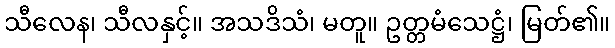
သီလေန၊ သီလနှင့်။ အသဒိသံ၊ မတူ။ ဥတ္တမံသေဋ္ဌံ၊ မြတ်၏။